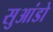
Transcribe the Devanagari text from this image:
सुआंडो